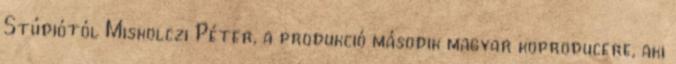
Stúdiótól Miskolczi Péter, a produkció második magyar koproducere, aki